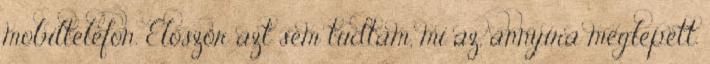
mobiltelefon. Először azt sem tudtam, mi az, annyira meglepett.